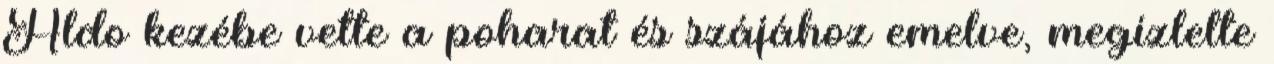
Aldo kezébe vette a poharat és szájához emelve, megízlelte